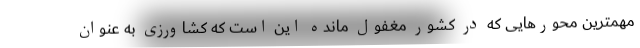
مهمترین محورهایی که در کشور مغفول مانده این است که کشاورزی به عنوان